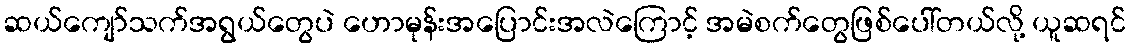
ဆယ်ကျော်သက်အရွယ်တွေပဲ ဟောမုန်းအပြောင်းအလဲကြောင့် အမဲစက်တွေဖြစ်ပေါ်တယ်လို့ ယူဆရင်